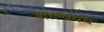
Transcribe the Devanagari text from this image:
शाल्ववध